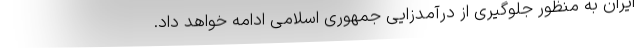
ایران به منظور جلوگیری از درآمدزایی جمهوری اسلامی ادامه خواهد داد.